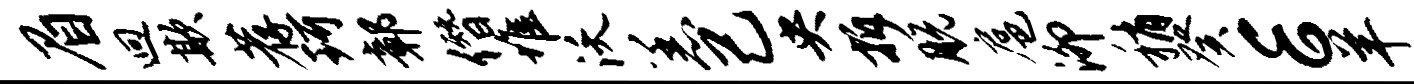
眉迥欺荐珂鄣僭堆沃恙己央拆脱扈泖稍癸E羊